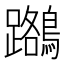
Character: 𪆽